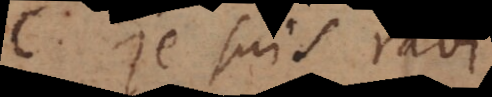
C. Je suis ravi